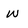
Character: W